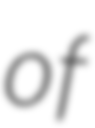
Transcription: of